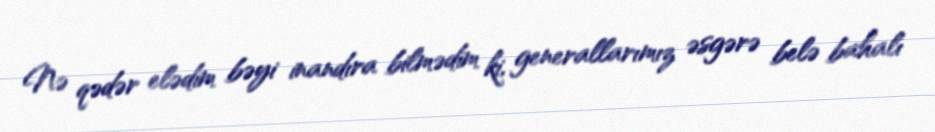
Nə qədər elədim bəyi inandıra bilmədim ki, generallarımız əsgərə belə bahalı